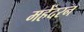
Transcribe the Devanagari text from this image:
महेंदरन